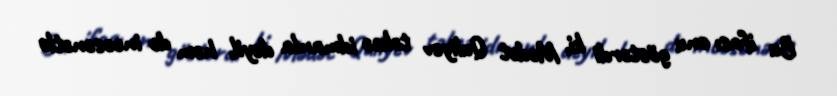
Bu ifası onu göstərdi ki, Mədət Quliyev təkcə idmanla deyil, həm də incəsənətlə